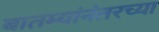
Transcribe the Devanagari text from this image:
बातम्यांनंतरच्या